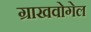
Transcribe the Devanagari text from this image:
ग्राखवोगेल